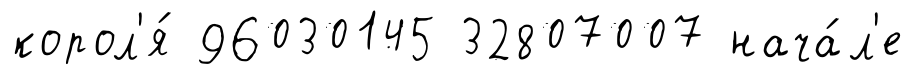
корол'я́ 96030145 32807007 нача́л'е